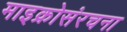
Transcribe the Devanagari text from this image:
माइक्रोसंरचना